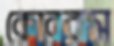
কোবরাস